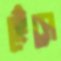
হেঁসে